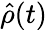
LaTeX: {\hat{\rho}}(t)